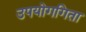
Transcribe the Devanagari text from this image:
उपयोगगिता